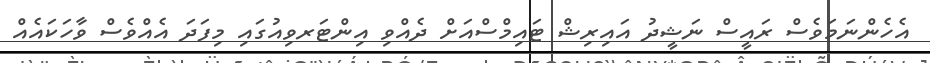
އެހެންނަމަވެސް ރައީސް ނަޝީދު އައިރިޝް ޓައިމްސްއަށް ދެއްވި އިންޓަރވިއުގައި މިފަދަ އެއްވެސް ވާހަކައެއް